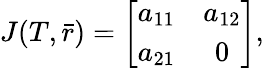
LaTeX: \begin{array}{r}{J(T,\bar{r})=\left[{\begin{array}{cc}{a_{11}}&{a_{12}}\\ {a_{21}}&{0}\end{array}}\right],}\end{array}